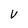
Character: V